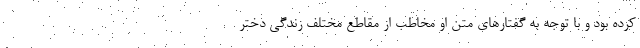
کرده بود و با توجه به گفتارهای متن او مخاطب از مقاطع مختلف زندگی دختر